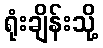
ရုံးချိန်းသို့